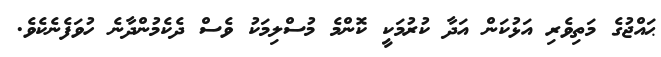
ޙައްޖުގެ މަތިވެރި އަޅުކަން އަދާ ކުރުމަކީ ކޮންމެ މުސްލިމަކު ވެސް ދެކެމުންދާނެ ހުވަފެނެކެވެ.